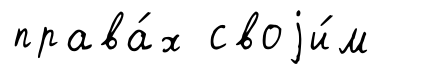
права́х своjи́м